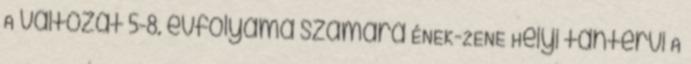
A változat 5-8. évfolyama számára ÉNEK-ZENE Helyi tantervi A